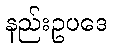
နည်းဥပဒေ